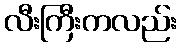
လီးကြီးကလည်း